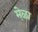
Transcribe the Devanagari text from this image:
मे़ळा